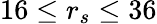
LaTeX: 16\leq r_{s}\leq 36